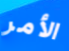
الأمر